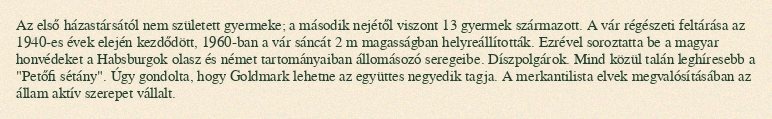
Az első házastársától nem született gyermeke; a második nejétől viszont 13 gyermek származott. A vár régészeti feltárása az 1940-es évek elején kezdődött, 1960-ban a vár sáncát 2 m magasságban helyreállították. Ezrével soroztatta be a magyar honvédeket a Habsburgok olasz és német tartományaiban állomásozó seregeibe. Díszpolgárok. Mind közül talán leghíresebb a "Petőfi sétány". Úgy gondolta, hogy Goldmark lehetne az együttes negyedik tagja. A merkantilista elvek megvalósításában az állam aktív szerepet vállalt.